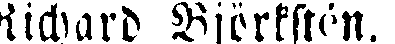
Richard Björkstén.